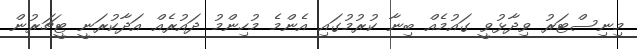
މިނިސްޓަރު ވިދާޅުވީ ގައުމެއް ބިނާ ކުރުމުގައި އެންމެ މުހިންމު ދައުރެއް އަދާކުރަނީ ޓީޗަރުން